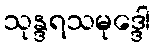
သုန္ဒရသမုဒ္ဒေါ